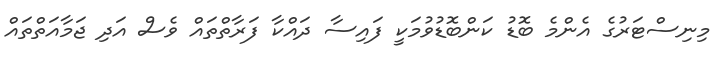
މިނިސްޓަރުގެ އެންމެ ބޮޑު ކަންބޮޑުވުމަކީ ފައިސާ ދައްކާ ފަރާތްތައް ވެސް އަދި ޖަމާއަތްތައް